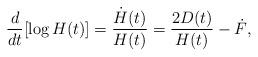
LaTeX: \begin{align*}\frac{d}{dt}[\log H(t)] = \frac{\dot{H}(t)}{H(t)} = \frac{2D(t)}{H(t)} - \dot{F},\end{align*}